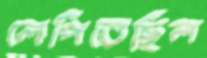
লেপিতেছিল